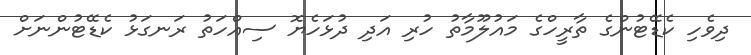
ދިވެހި ކެޑޭޓުންގެ ތާރީހްގެ މައުލޫމާތު ހުރި އަދި ދުޅަހެޔޮ ސިއްހަތު ރަނގަޅު ކެޑޭޓުންނަށް